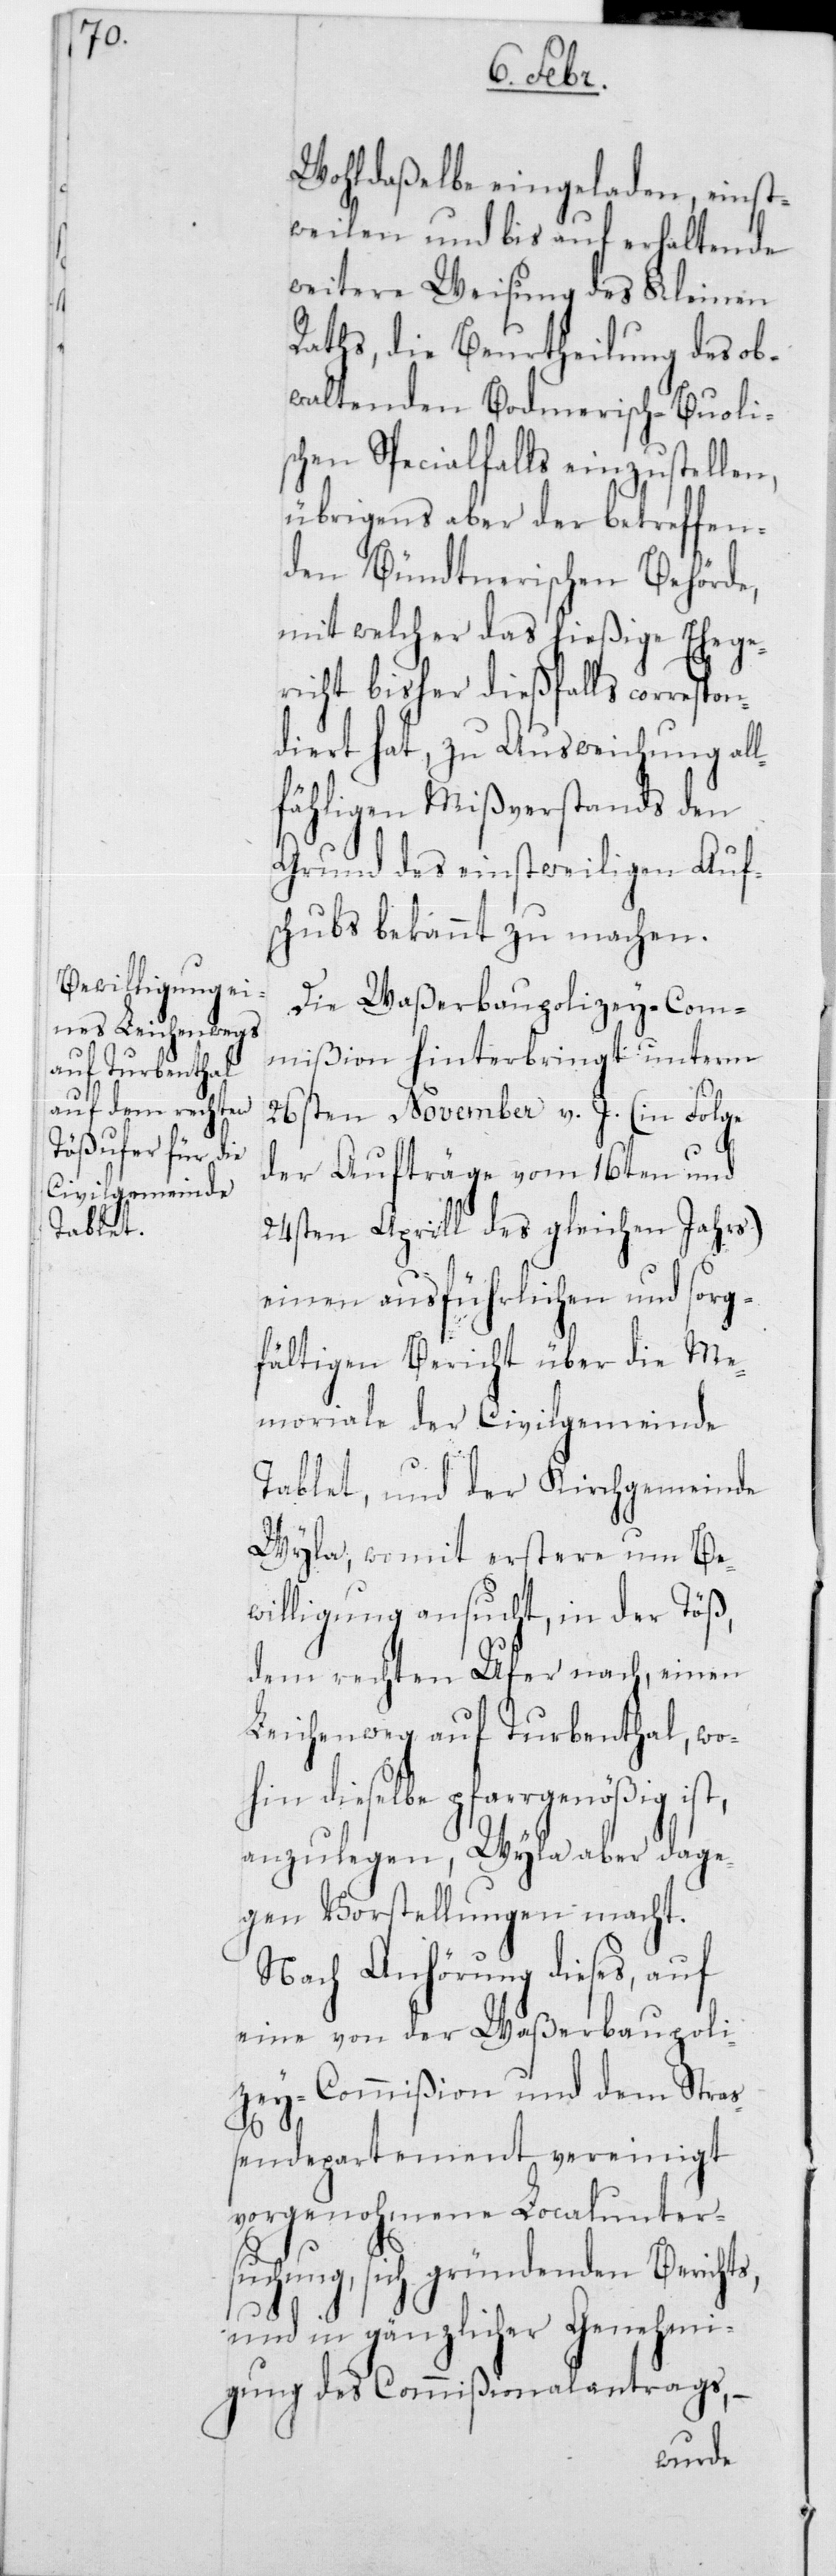
Wohldaßelbe eingeladen, einst¬
weilen und bis auf erhaltende
weitere Weisung des Kleinen
Raths, die Beurtheilung des ob¬
waltenden Bodmerisch-Buoli¬
schen Specialfalls einzustellen,
übrigens aber der betreffen¬
den Bündtnerischen Behörde,
mit welcher das hießige Ehege¬
richt bisher dießfalls correspon¬
diert hat, zur Ausweichung all¬
fähligen Mißverstands den
Grund des einstweiligen Auf¬
schubs bekannt zu machen.
Die Waßerbaupolizey-Com¬
mißion hinterbringt unterm
26sten November v. J. (in Folge
der Aufträge vom 16ten und
24sten Aprill des gleichen Jahrs)
einen ausführlichen und sorg¬
fältigen Bericht über die Me¬
moriale der Civilgemeinde
Tablat, und der Kirchgemeinde
Wyla, womit erstere um Be¬
willigung ansucht, in der Töß,
dem rechten Ufer nach, einen
Leichenweg auf Turbenthal, wo¬
hin dieselbe pfarrgenößig ist,
anzulegen, Wyla aber dage¬
gen Vorstellungen macht.
Nach Anhörung dieses, auf
eine von der Waßerbaupoli¬
zey-Commißion und dem Stra¬
ßendepartement vereinigt
vorgenohmene Localunter¬
suchung, sich gründenden Berichts,
und in gänzlicher Genehmi¬
gung des Commißionalantrags,